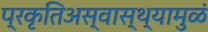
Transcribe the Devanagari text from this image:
प्रकृतिअस्वास्थ्यामुळं